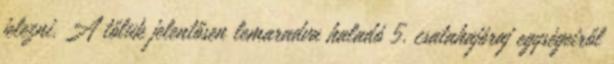
jelezni. A tőlük jelentősen lemaradva haladó 5. csatahajóraj egységeiről